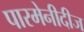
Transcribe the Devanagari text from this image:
पारमेनीदीज